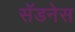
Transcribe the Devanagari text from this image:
सॅडनेस